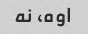
اوه، نه